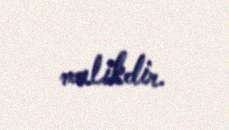
malikdir.